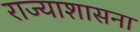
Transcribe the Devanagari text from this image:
राज्याशासना